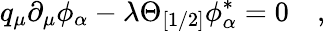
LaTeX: q_{\mu}\partial_{\mu}\phi_{\alpha}-\lambda\Theta_{[1/2]}\phi_{\alpha}^{\ast}=0\quad,